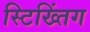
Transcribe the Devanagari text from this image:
स्टिख्तिंग